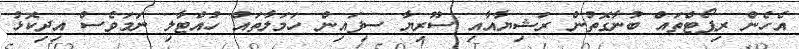
އެހެން ރިޕޯޓްތައް ބުނާގޮތުން ރަޝިޔާއާއި ސޫރިޔާ ސިފައިން ހަމަލާތައް ހުއްޓާލި ނަމަވެސް އިދިކޮޅު